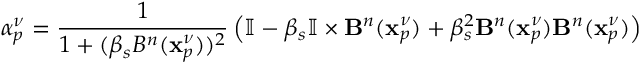
{ \alpha } _ { p } ^ { \nu } = \frac { 1 } { 1 + ( \beta _ { s } B ^ { n } ( \mathbf { x } _ { p } ^ { \nu } ) ) ^ { 2 } } \left( \mathbb { I } - \beta _ { s } \mathbb { I } \times \mathbf { B } ^ { n } ( \mathbf { x } _ { p } ^ { \nu } ) + \beta _ { s } ^ { 2 } \mathbf { B } ^ { n } ( \mathbf { x } _ { p } ^ { \nu } ) \mathbf { B } ^ { n } ( \mathbf { x } _ { p } ^ { \nu } ) \right)